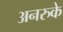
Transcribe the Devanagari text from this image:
अनरुके